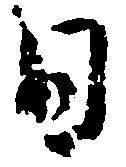
日